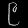
Digit: ၉